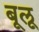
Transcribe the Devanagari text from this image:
बूलू